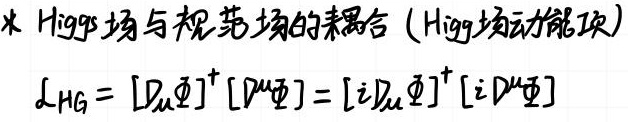
* Higgs场与规范场的耦合（Higg场动能项）
\[
\mathcal{L}_{HG} = [D_{\mu}\varPhi]^{+}[D^{\mu}\varPhi]=[iD_{\mu}\varPhi]^{+}[iD^{\mu}\varPhi]
\]